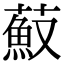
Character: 𦼼